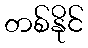
တစ်နိုင်